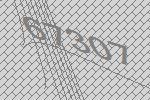
67307